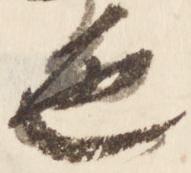
色